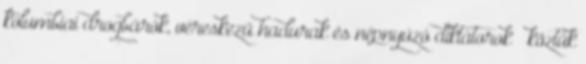
kolumbiai drogbárók, véreskezű hadurak és népnyúzó diktátorok – köztük